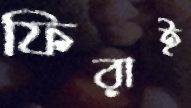
ফিরাই